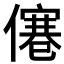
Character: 𠎾